Vaccination in Bombay 1874-1876 - 1874-1876
Year: 1874
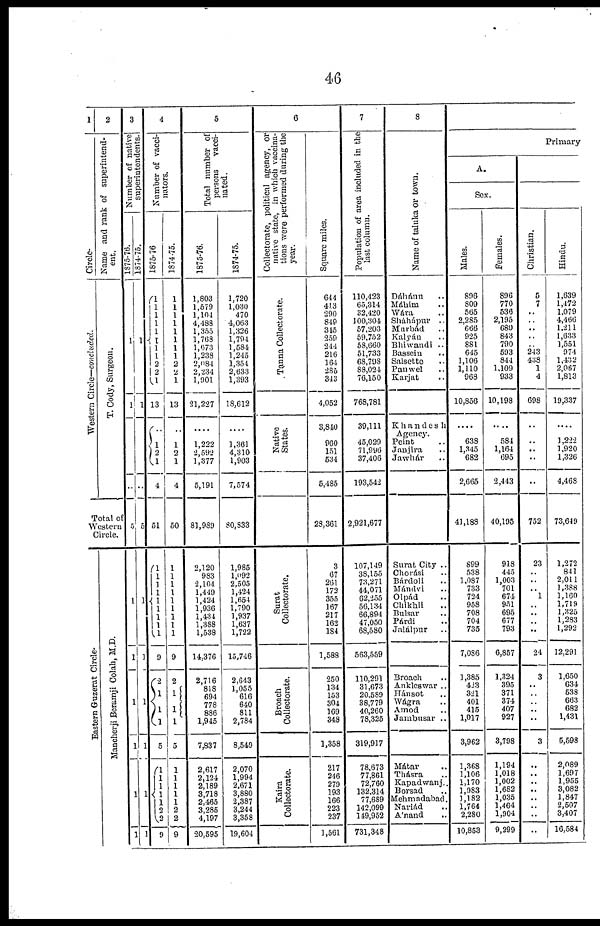
46
1
Circle.
Western Circle—concluded.
2
Name and rank of superintend-
ent.
T. Cody, Surgeon.
Total of
Western
Circle.
Eastern Guzerat Circle.
Mancherji Beramji Colah, M.D.
3
Number of native
superintendents.
1875-76.
1
1
..
5
1
1
1
1
1
1
1874-75.
1
1
..
5
1
1
1
1
1
1
4
Number of vacci-
nators.
1875-76
1
1
1 1
1 1
1
1
2
2
1
13
..
1
2
1
4
51
1
1 1
1
1
1 1
1
1
9
2
1
1
1
5
1
1
1
1
1
2
2
9
1874-75.
1
1
1
1
1
1
1
1
2
2
1
13
..
1
2
1
4
50
1
1
1
1
1
1
1
1
1
9
2
1
1
1
5
1
1
1
1
1 2
2
9
5
Total number of
persons
vacci-
nated.
1875-76.
1,803
1,579
1,104
4,488
1,355
1,768
1,673
1,238
2,084
2,234
1,901
21,227
....
1,222
2,592
1,377
5,191
81,939
2,120
983
2,104
1,449
1,424
1,936
1,434
1,388
1,538
14,376
2,716
818
694
778
886
1,945
7,837
2,617
2,124
2,189
3,718
2,465
3,285
4,197
20,595
1874-75.
1,720
1,030
470
4,063
1,326
1,794
1,584
1,245
1,354
2,633
1,393
18,612
....
1,361
4,310
1,903
7,574
80,833
1,985
1,092
2,505
1,424
1,654
1,790
1,937
1,637
1,722
15,746
2,643
1,055
616
640
811
2,784
8,549
2,070
1,994
2,671
3,880
2,387
3,244
3,358
19,604
6
Collectorate, political agency, or
native state, in which vaccina-
tions were performed during the
year.
Tanna Collectorate.
Native
States.
Surat
Collectorate.
Broach
Collectorate.
Kaira
Collectorate.
Square miles.
644
413
290
849
345
259
244
216
164
285
343
4,052
3,840
960
151
534
5,485
28,361
3
67
261
172
355
167
217
162
184
1,588
250
134
153
304
169
348
1,358
217
246
279
193
166
223
237
1,561
7
Population of area included in the
last column.
110,423
65,314
32,420
100,304
57,203
59,752
58,660
51,733
68,798
88,024
76,150
768,781
39,111
45,029
71,996
37,406
193,542
2,921,677
107,149
38,155
73,271
44,071
62,255
56,134
66,894
47,050
68,580
563,559
110,291
31,673
20,589
38,779
40,260
78,325
319,917
78,673
77,861
72,760
132,314
77,689
142,099
149,952
731,348
8
Name of taluka or town.
Dáhánu ..
Máhim ..
Wára ..
Sháhápur ..
Murbád ..
Kalyán ..
Bhiwandi ..
Bassein ..
Salsetto ..
Panwel ..
Karjat ..
Khandeah
Agency.
Peint ..
Janjira ..
Jawhár ..
Surat City ..
Chorási ..
Bárdoli ..
Mándvi ..
Olpád ..
Chikhli ..
Bulsar ..
Párdi ..
Jalálpur ..
Broach ..
Ankleswar ..
Hánsot ..
Wágra ..
Amod ..
Jambusar ..
Mátar ..
Thásra ..
Kapadwanj ..
Borsad ..
Mehmadabad.
Nariád ..
Ánand ..
Primary
A.
Sex.
Males.
896
809
565
2,285
666
925
881
645
1,106
1,110
968
10,856
....
638
1,345
682
2,665
41,188
899
538
1,087
733
724
958
708
704
735
7,086
1,385
423
321
401
415
1,017
3,962
1,368
1,106
1,170
1,983
1,182
1,764
2,280
10,853
Females.
896
770
536
2,195
680
843
790
593
844
1,109
933
10,198
....
584
1,164
695
2,443
40,195
918
445
1,003
701
674
951
695
677
793
6,857
1,324
395
371
374
407
927
3,798
1,194
1,018
1,002
1,682
1,035
1,464
1,904
9,299
Christian.
5
7
..
..
..
..
.. 243
438
1
4
698
....
.. ..
..
..
752
23
..
..
.. 1
..
..
..
..
24
3
..
..
..
..
..
3
..
..
..
..
.. ..
..
..
Hindu.
1,639
1,472
1,079
4,466
1,211
1,633
1,551
974
1,432
2,067
1,813
19,337
....
1,222
1,920
1,326
4,468
73,649
1,272
841
2,011
1,388
1,160
1,719
1,325
1,283
1,292
12,291
1,650
634
538
663
682
1,431
5,598
2,089
1,697
1,955
3,082
1,847
2,507
3,407
16,584